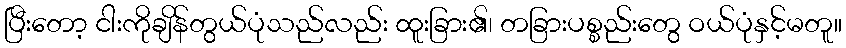
ပြီးတော့ ငါးကိုချိန်တွယ်ပုံသည်လည်း ထူးခြား၏၊ တခြားပစ္စည်းတွေ ဝယ်ပုံနှင့်မတူ။